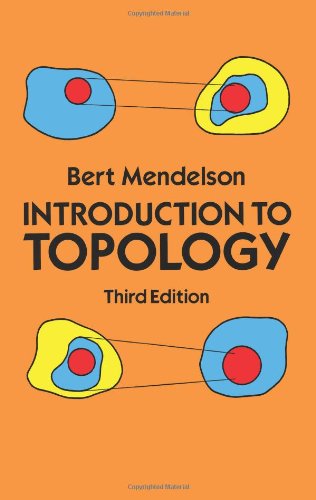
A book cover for Introduction to Topology: Third Edition (Dover Books on Mathematics); Bert Mendelson; Science & Math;